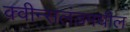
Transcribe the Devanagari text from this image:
क्वीन्सलंडमधील